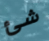
شئ